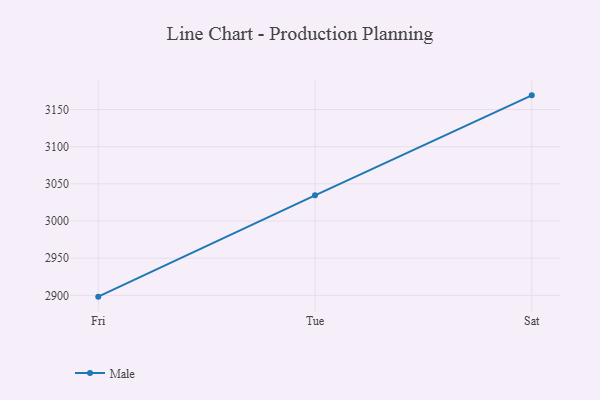
{"axis": {"x": "Day", "y": "Gross Profit (USD K)"}, "legend": ["Male"], "data": [{"x": "Fri", "y": 2898.3, "type": "Male"}, {"x": "Tue", "y": 3034.5, "type": "Male"}, {"x": "Sat", "y": 3169.0, "type": "Male"}]}